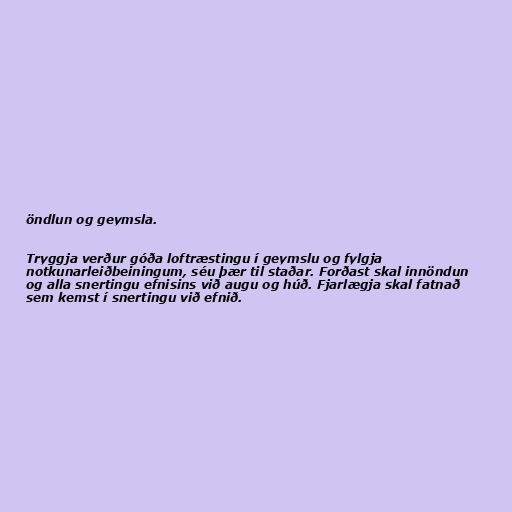
öndlun og geymsla.

Tryggja verður góða loftræstingu í geymslu og fylgja
notkunarleiðbeiningum, séu þær til staðar. Forðast skal innöndun
og alla snertingu efnisins við augu og húð. Fjarlægja skal fatnað
sem kemst í snertingu við efnið.